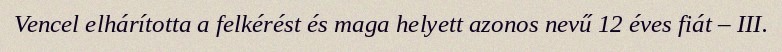
Vencel elhárította a felkérést és maga helyett azonos nevű 12 éves fiát – III.